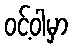
ဝင့်ဝါမှာ